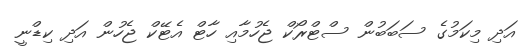
އަދި މިކަމުގެ ސަބަބުން ސްޓްރޯކް ޖެހުމާއި ހާޓް އެޓޭކް ޖެހުން އަދި ކިޑްނީ